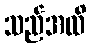
သည်အထိ